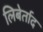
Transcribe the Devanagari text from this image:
लिबेर्ताद